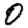
Digit: 0